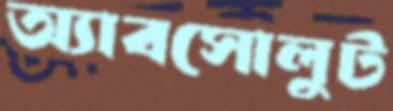
অ্যাবসোলুট